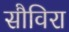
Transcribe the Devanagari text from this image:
सौविरा